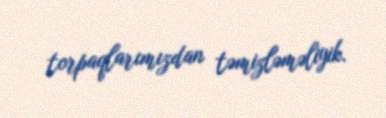
torpaqlarımızdan təmizləməliyik.